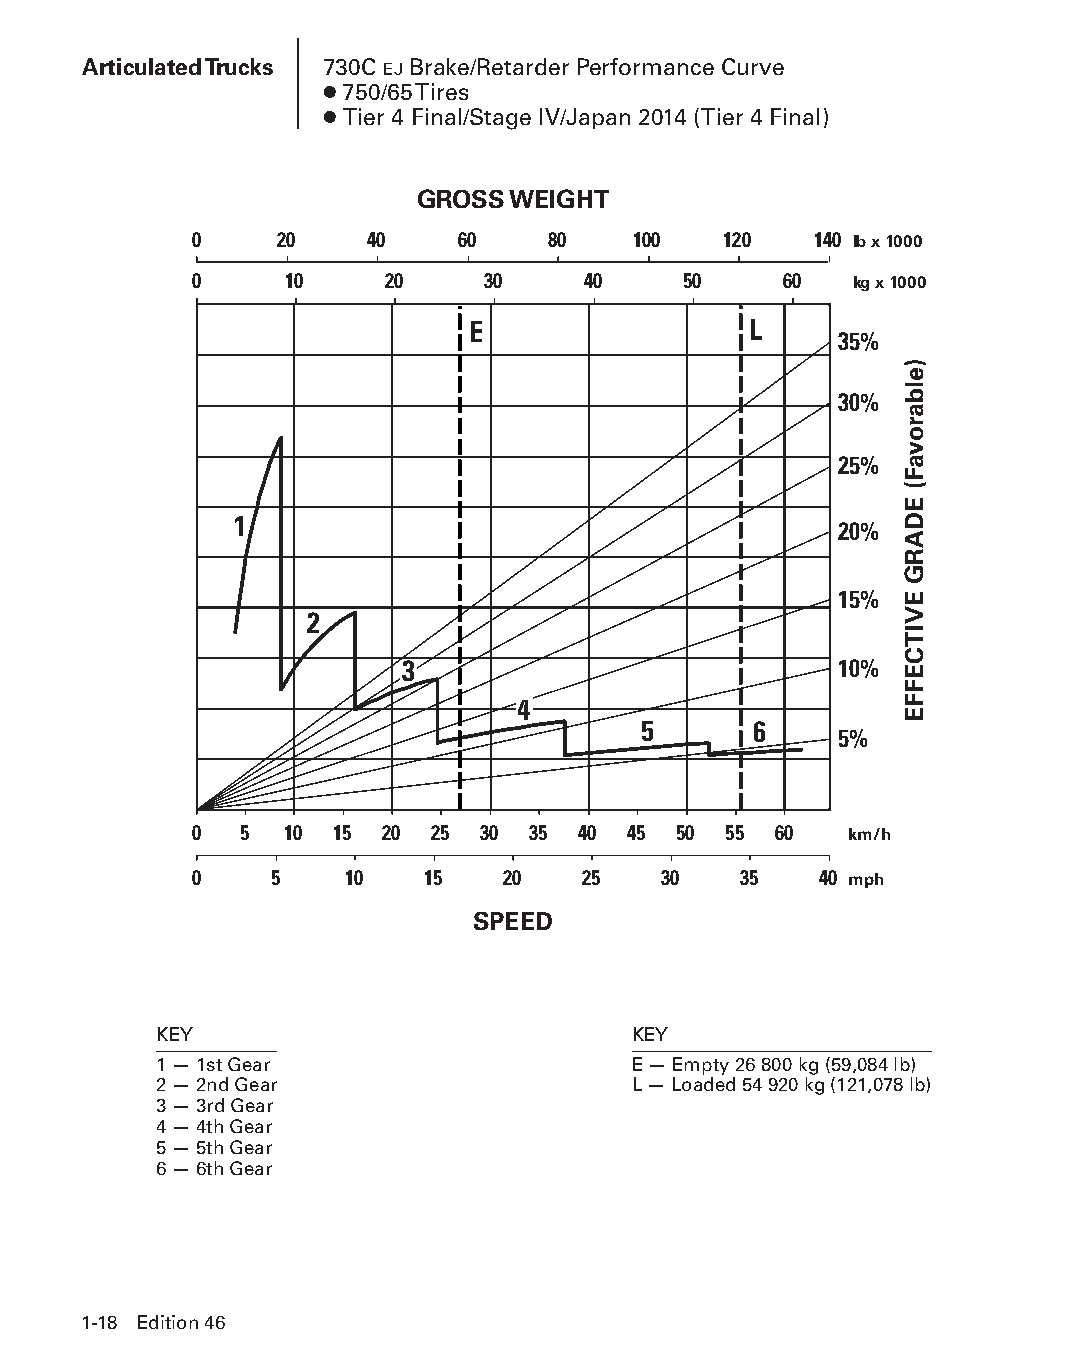
Articulated Trucks 730C EJ Brake/Retarder Performance Curve
 ● 750/65 Tires
 ● Tier 4 Final/Stage IV/Japan 2014 (Tier 4 Final)
 GROSS WEIGHT
 0     20    40    60    80   100   120   140
 lb x 1000
 0     10     20    30     40     50    60
 kg x 1000
 E                  L
 35%
 30%
 25%
 1
 20%
 15%
 2
 3                            10%
 4
 5      6
 5%
 0  5  10 15  20 25 30 35  40 45 50 55  60
 km/h
 0    5    10   15    20   25   30   35    40
 mph
 SPEED
 KEY                            KEY
 1 — 1st Gear                   E — Empty 26 800 kg (59,084 lb)
 2 — 2nd Gear                   L — Loaded 54 920 kg (121,078 lb)
 3 — 3rd Gear
 4 — 4th Gear
 5 — 5th Gear
 6 — 6th Gear
 1-18 Edition 46
 PPHHBB--SSeecc0011--1166..iinndddd 1188                        1122//44//1155 1100::2244 AAMM
 )elbarovaF(
 EDARG
 EVITCEFFE